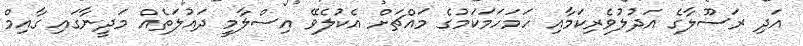
އަދި ރަސޫލާގެ އަދުލުވެރިކަމާއި ހަމަހަމަކަމުގެ މައްޗަށް އެކުލެވޭ އިސްލާމީ ދައުލަތެއް މަދީނާގައި ގާއިމް